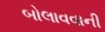
બોલાવવાની